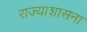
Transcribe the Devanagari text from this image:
राज्याशासना